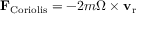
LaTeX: \mathbf { F } _ { \mathrm { C o r i o l i s } } = - 2 m { \boldsymbol { \Omega } } \times \mathbf { v } _ { \mathrm { r } }